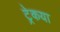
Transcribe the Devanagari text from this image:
ट्रेकया